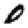
Digit: 0